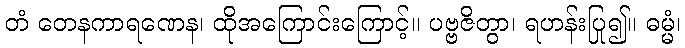
တံ တေနကာရဏေန၊ ထိုအကြောင်းကြောင့်။ ပဗ္ဗဇိတွာ၊ ရဟန်းပြု၍။ ဓမ္မံ၊